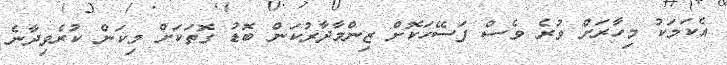
އެކަމަކު މިހާރަށް ވުރެ ވެސް ފަސޭހަކޮށް ޒިންމާދާރުކަން ބޮޑު ގޮތަކަށް މިކަން ކުރެވިދާނެ